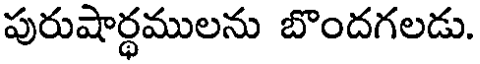
పురుషార్ధములను బొందగలడు.